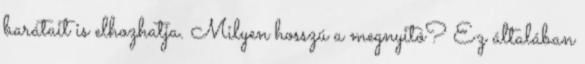
barátait is elhozhatja. Milyen hosszú a megnyitó? Ez általában